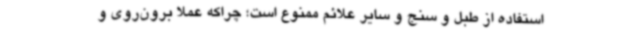
استفاده از طبل و سنج و سایر علائم ممنوع است؛ چراکه عملا برون‌روی و